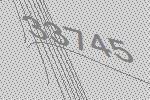
33745